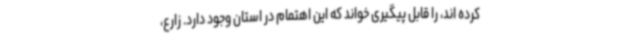
کرده اند، را قابل پیگیری خواند که این اهتمام در استان وجود دارد. زارع،